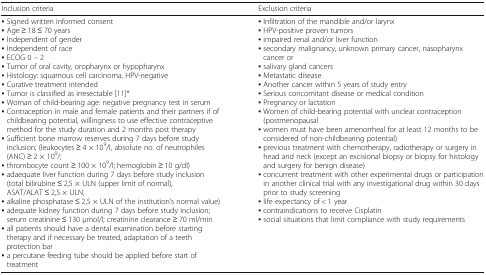
<table><thead><tr><td><b>Inclusion criteria</b></td><td><b>Exclusion criteria</b></td></tr></thead><tbody><tr><td>▪ Signed written informed consent▪ Age ≥ 18 ≤ 70 years▪ Independent of gender▪ Independent of race▪ ECOG 0 – 2▪ Tumor of oral cavity, oropharynx or hypopharynx▪ Histology: squamous cell carcinoma, HPV-negative▪ Curative treatment intended▪ Tumor is classified as irresectable [11]*▪ Woman of child-bearing age: negative pregnancy test in serum▪ Contraception in male and female patients and their partners if of childbearing potential, willingness to use effective contraceptive method for the study duration and 2 months post therapy▪ Sufficient bone marrow reserves during 7 days before study inclusion; (leukocytes ≥ 4 × 10<sup>9</sup>/l, absolute no. of neutrophiles (ANC) ≥ 2 × 10<sup>9</sup>/;▪ thrombocyte count ≥ 100 × 10<sup>9</sup>/l; hemoglobin ≥ 10 g/dl)▪ adaequate liver function during 7 days before study inclusion (total bilirubine ≤ 2,5 × ULN (upper limit of normal), ASAT/ALAT ≤ 2,5 × ULN,▪ alkaline phosphatase ≤ 2,5 × ULN of the institution’s normal value)▪ adequate kidney function during 7 days before study inclusion; serum creatinine ≤ 130 μmol/l; creatinine clearance ≥ 70 ml/min▪ all patients should have a dental examination before starting therapy and if necessary be treated, adaptation of a teeth protection bar▪ a percutane feeding tube should be applied before start of treatment</td><td>▪ Infiltration of the mandible and/or larynx▪ HPV-positive proven tumors▪ impaired renal and/or liver function▪ secondary malignancy, unknown primary cancer, nasopharynx cancer or▪ salivary gland cancers▪ Metastatic disease▪ Another cancer within 5 years of study entry▪ Serious concomitant disease or medical condition▪ Pregnancy or lactation▪ Women of child-bearing potential with unclear contraception (postmenopausal▪ women must have been amenorrheal for at least 12 months to be considered of non-childbearing potential)▪ previous treatment with chemotherapy, radiotherapy or surgery in head and neck (except an excisional biopsy or biopsy for histology and surgery for benign disease)▪ concurrent treatment with other experimental drugs or participation in another clinical trial with any investigational drug within 30 days prior to study screening▪ life expectancy of &lt; 1 year▪ contraindications to receive Cisplatin▪ social situations that limit compliance with study requirements</td></tr></tbody></table>